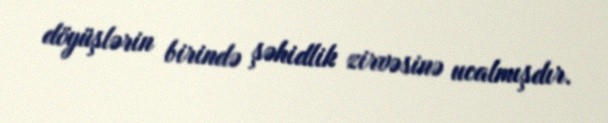
döyüşlərin birində şəhidlik zirvəsinə ucalmışdır.